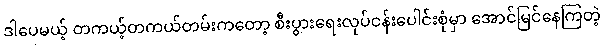
ဒါပေမယ့် တကယ့်တကယ်တမ်းကတော့ စီးပွားရေးလုပ်ငန်းပေါင်းစုံမှာ အောင်မြင်နေကြတဲ့